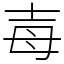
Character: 毐